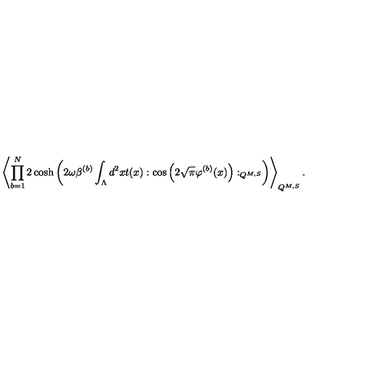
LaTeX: \left\langle \prod _ { b = 1 } ^ { N } 2 \cosh \left( 2 \omega \beta ^ { ( b ) } \int _ { \Lambda } d ^ { 2 } x t ( x ) : \cos \left( 2 \sqrt { \pi } \varphi ^ { ( b ) } ( x ) \right) : _ { Q ^ { M , S } } \right) \right\rangle _ { Q ^ { M , S } } .